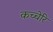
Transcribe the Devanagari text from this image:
कच्चेरि